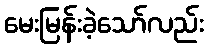
မေးမြန်းခဲ့သော်လည်း